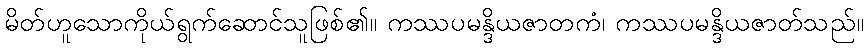
မိတ်ဟူသောကိုယ်ရွက်ဆောင်သူဖြစ်၏။ ကဿပမန္ဒိယဇာတကံ၊ ကဿပမန္ဒိယဇာတ်သည်။